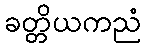
ခတ္တိယကညံ